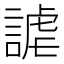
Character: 謔